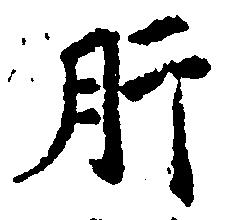
肝